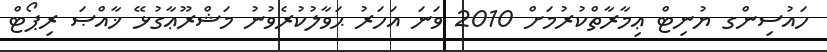
ހައުސިންގ ޔުނިޓް ޢިމާރާތްކުުރުމަށް 2010 ވަނަ އަހަރު ޙަވާލުކުރެވުނު މަޝްރޫޢާގުޅޭ ޚާއްޞަ ރިޕޯޓް